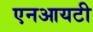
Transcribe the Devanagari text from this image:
एनआयटी